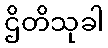
ဌိတိသုခါ